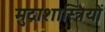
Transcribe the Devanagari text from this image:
मुद्राशास्त्रियों